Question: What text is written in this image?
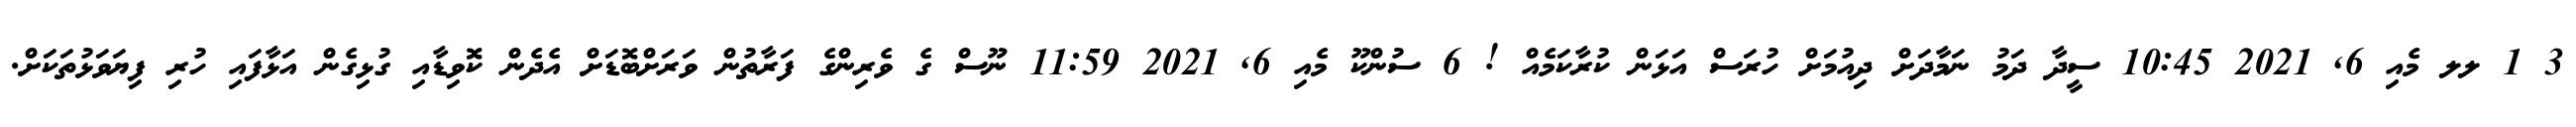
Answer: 3 1 ލލ މެއި 6, 2021 10:45 ސީދާ ދަމު ނަމާދަށް ދިއުމަށް ހުރަސް އަޅަން ކުރާކަމެއް ! 6 ސުންކޫ މެއި 6, 2021 11:59 ނޫސް ގެ ވެރިންގެ ފަރާތުން ވަރަށްބޮޑަށް އެދެން ކޮވިޑާއި ގުޅިގެން އަޅާފައި ހުރި ފިޔަވަޅުތަކަށް.